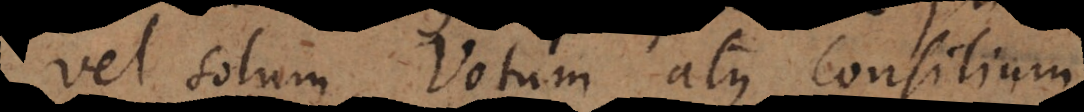
vel solum Votum atque Consilium